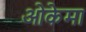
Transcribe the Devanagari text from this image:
ओकेमा